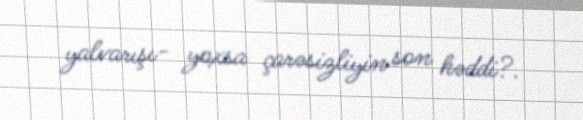
yalvarışı- yoxsa çarəsizliyin son həddi?.